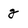
Character: g